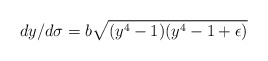
\begin{align*}dy/d\sigma=b\sqrt{(y^4-1)(y^4-1+\epsilon)}\end{align*}